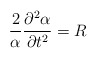
\begin{align*}\frac{2}{\alpha}\frac{ \partial^2 \alpha}{\partial t^2} = R\end{align*}